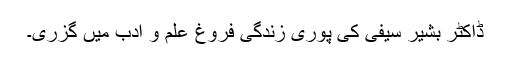
ڈاکٹر بشیر سیفی کی پوری زندگی فروغ علم و ادب میں گزری۔